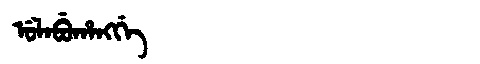
Manchu: ᡠᠯᠠᠪᡠᡥᠠᠩᡤᡝ
Romanization: ULABUHANGGE